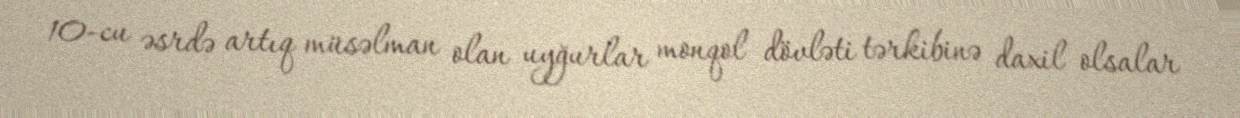
10-cu əsrdə artıq müsəlman olan uyğurlar monqol dövləti tərkibinə daxil olsalar